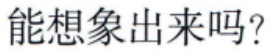
能想象出来吗？